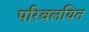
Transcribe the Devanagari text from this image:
परिवलयित